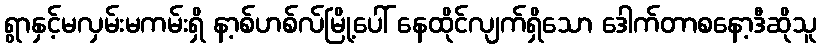
ရွာနှင့်မလှမ်းမကမ်းရှိ နာ့စ်ဟစ်လ်မြို့ပေါ် နေထိုင်လျက်ရှိသော ဒေါက်တာစနော့ဒီဆိုသူ